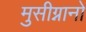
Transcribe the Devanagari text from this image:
मुसीग्नानो